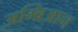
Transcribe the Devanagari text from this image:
अम्ब्रिआन